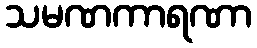
သမဏကာရဏာ